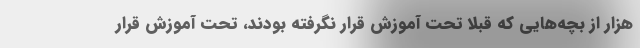
هزار از بچه‌هایی که قبلاً تحت آموزش قرار نگرفته بودند، تحت آموزش قرار